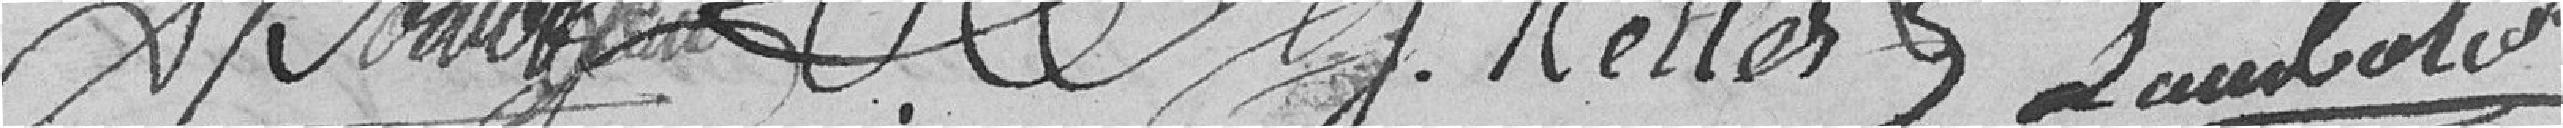
Bodillot J. Keller Lambotod